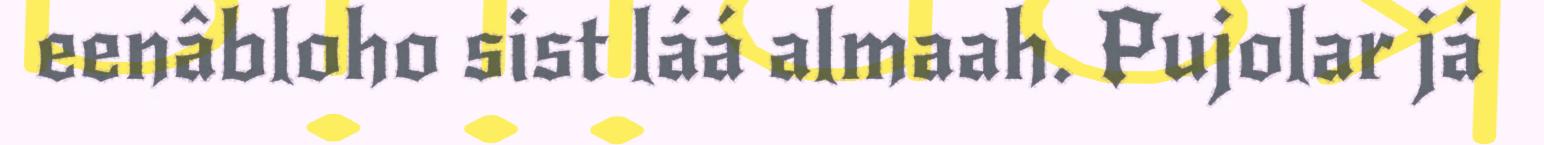
eenâbloho sist láá almaah. Pujolar já